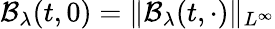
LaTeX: \mathcal{B}_{\lambda}(t,0)=\| \mathcal{B}_{\lambda}(t,\cdot)\| _{L^{\infty}}